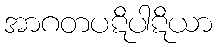
အာဂတပဋိပါဋိယာ